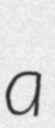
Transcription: a